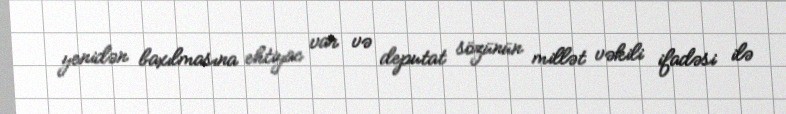
yenidən baxılmasına ehtiyac var və deputat sözünün millət vəkili ifadəsi ilə